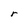
Character: r